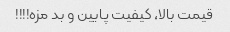
قیمت بالا‌، کیفیت پایین و بد مزه!!!!